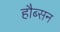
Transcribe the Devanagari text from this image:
हौब्सन